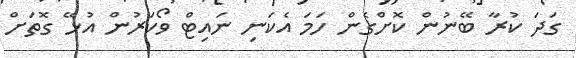
ގަދަ ކުރާ ބޭނުން ކޮށްގެން ހަމަ އެކަނި ނައިޓް ވޯކަރުން އުޅޭ ގޮތަށް